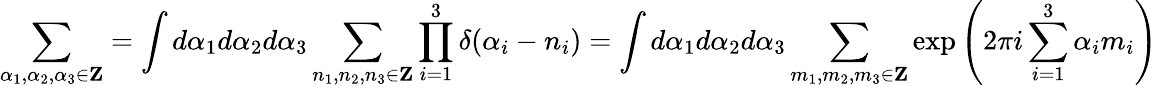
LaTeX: \sum_{\alpha_{1},\alpha_{2},\alpha_{3}\in{\mathbf Z}}=\int d\alpha_{1}d\alpha_{2}d\alpha_{3}\sum_{n_{1},n_{2},n_{3}\in{\mathbf Z}}\prod_{i=1}^{3}\delta(\alpha_{i}-n_{i})=\int d\alpha_{1}d\alpha_{2}d\alpha_{3}\sum_{m_{1},m_{2},m_{3}\in{\mathbf Z}}\exp\left(2\pi i\sum_{i=1}^{3}\alpha_{i}m_{i}\right)